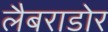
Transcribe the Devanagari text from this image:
लैबराडोर